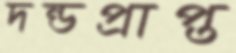
দন্ডপ্রাপ্ত